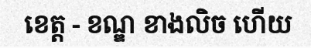
ខេត្ត - ខណ្ឌ ខាងលិច ហើយ